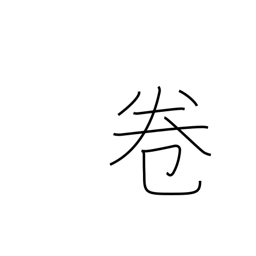
Meaning: part